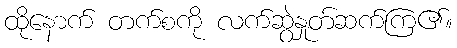
ထိုနောက် တက်စကို လက်ဆွဲနှုတ်ဆက်ကြ၏။